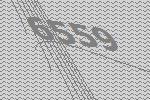
6559